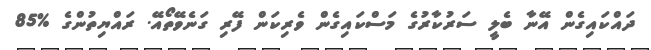
ދައްކައިގެން އޭނާ ބެލީ ސަރުކާރުގެ މަސްކައިގެން ވެރިކަން ފޭރި ގަނެވޭތޯއޭ. ރައްޔިތުންގެ %85